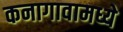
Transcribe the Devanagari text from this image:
कनागावामध्ये